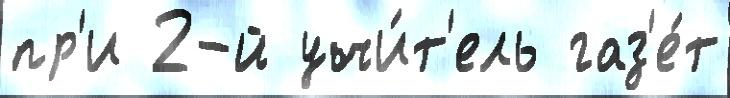
пр'и 2-й учи́т'ель газ'е́т